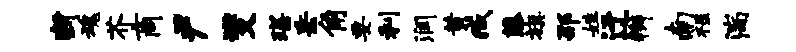
断魂芥商尹燮琛岳角要利润黄臧藤旗邵姓迂辫南禄湍